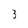
Character: 3